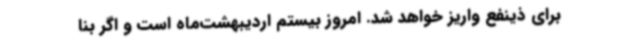
برای ذینفع واریز خواهد شد. امروز بیستم اردیبهشت‌ماه است و اگر بنا